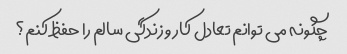
چگونه می توانم تعادل کار و زندگی سالم را حفظ کنم؟